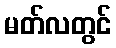
မတ်လတွင်